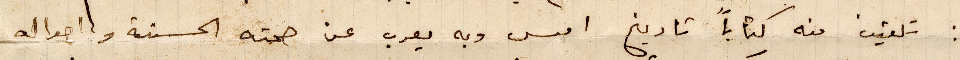
تلقيت منه كتابًا تاريخ امس وبع يعرب عن صحته الحسنة واحواله